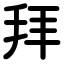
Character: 拜